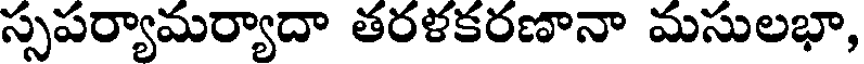
స్సపర్యామర్యాదా తరళకరణానా మసులభా,